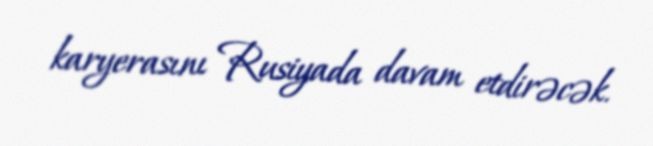
karyerasını Rusiyada davam etdirəcək.